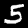
Label: 5